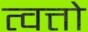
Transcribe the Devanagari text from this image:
त्वत्तो